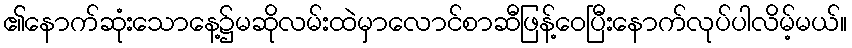
၏နောက်ဆုံးသောနေ့၌မဆိုလမ်းထဲမှာလောင်စာဆီဖြန့်ဝေပြီးနောက်လုပ်ပါလိမ့်မယ်။